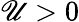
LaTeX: \mathscr{U}>0